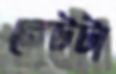
রেটটা